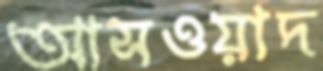
আসওয়াদ